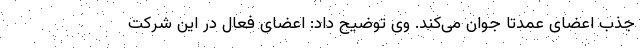
جذب اعضای عمدتا جوان می‌کند. وی توضیح داد: اعضای فعال در این شرکت